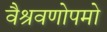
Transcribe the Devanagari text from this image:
वैश्रवणोपमो